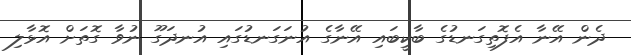
ދެން އޭނާ އެފޮތިގަނޑުގެ ބާކީބައި އޭނާގެ އުނަގަނޑުގައި އުނދަގޫ ނުވާ ގޮތަށް އޮޅާލި